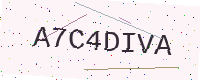
Text: A7C4DIVA